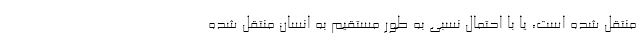
منتقل شده است، یا با احتمال نسبی به طور مستقیم به انسان منتقل شده